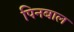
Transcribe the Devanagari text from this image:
पिनबाल